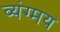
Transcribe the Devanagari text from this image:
व्यंग्मय